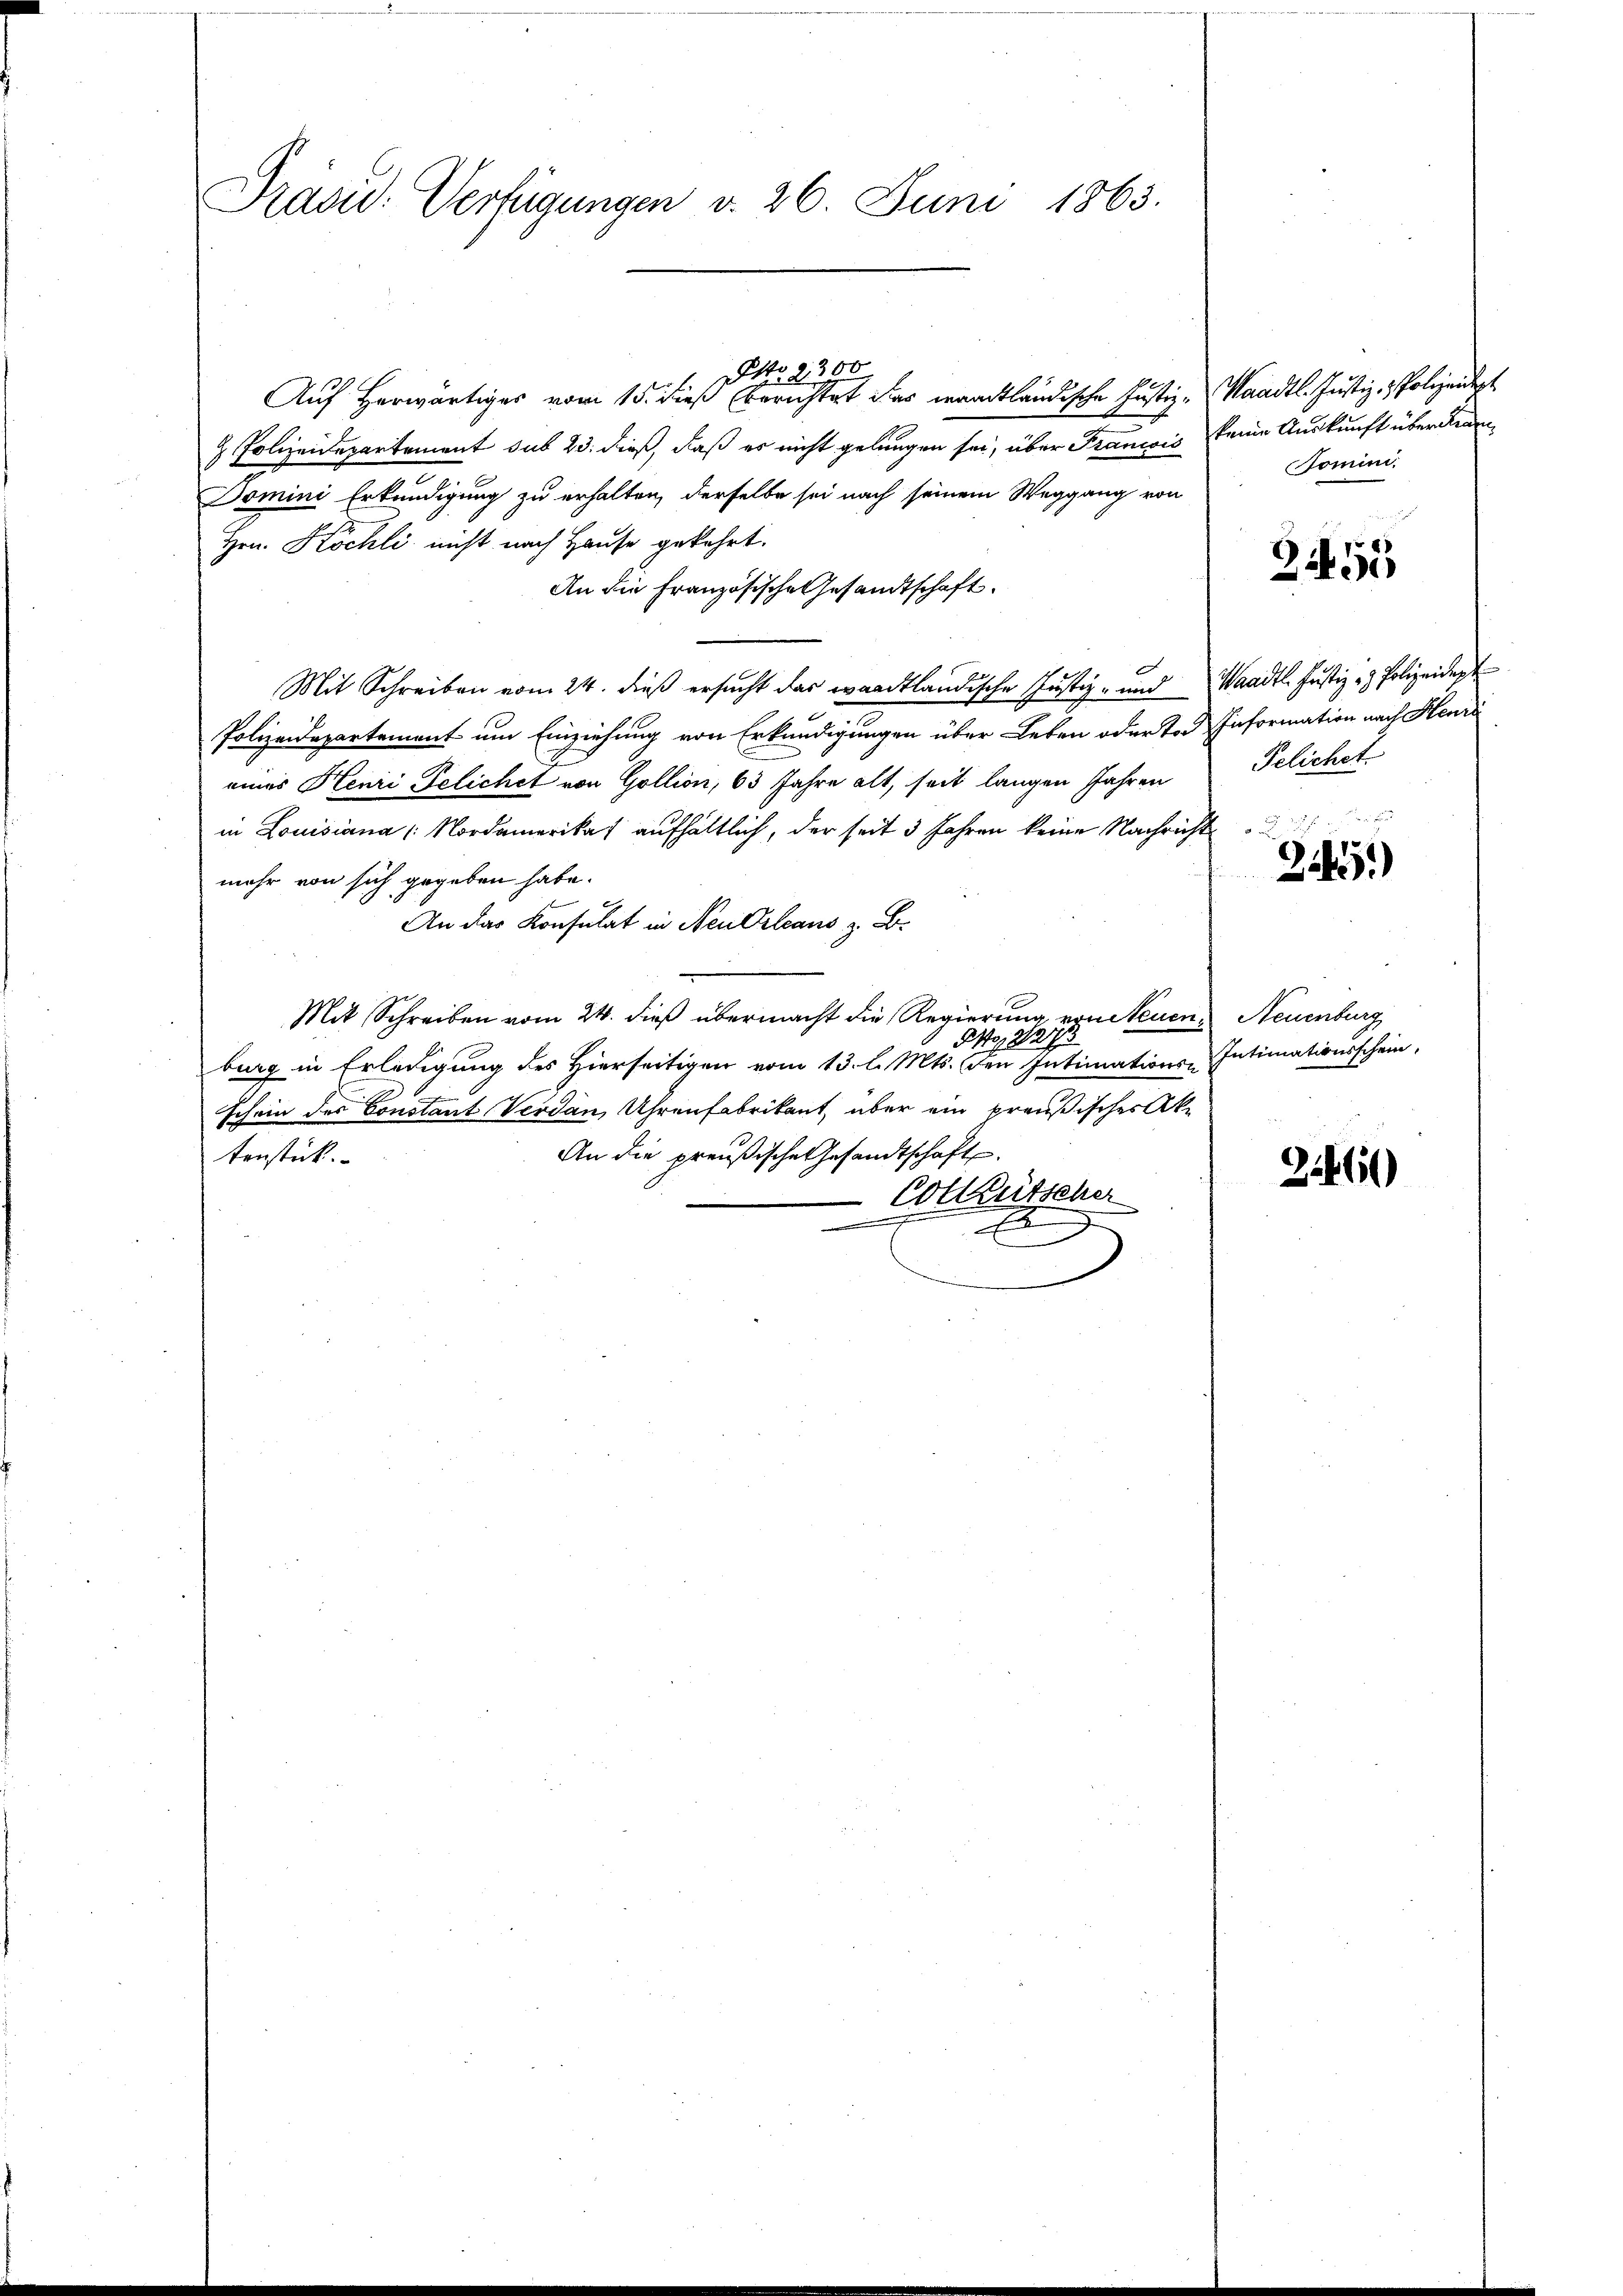
Prasid: Verfügungen v. 26. Juni 1863.

NNo. 2300
Auf Herwärtiges vom 15. dieß Berichtet das waadtländische Justiz - Waadt. Justiz- & Polizeidert
& Polizeidepartement sub 23. dieß, daß es nicht gelungen sei, über Francois keine Auskunft überdienen
Domini Erkundigung zu erhalten, derselbe sei nach seinem Weggang von
Hrn. Köchli nicht nach Hause gekehrt.
An die Französische Gesandtschaft.
F
Mit Schreiben vom 24. dieß ersucht das waadtländische Justiz- und Waadt. Justiz- & Polizeident
Polizeidepartement um Einziehung von Erkundigungen über Leben oder Tod Information nach Henri
eines Henri Gelichet von Gollion, 63 Jahre alt, seit langen Jahren Felichet
in Louisiana Nordamerikat aufhältlich, der seit 3 Jahren keine Nachricht
mehr von sich gegeben habe.
An das Konsulat in Neu Orleans z. B.
Mit Schreiben vom 24. dieß übermacht die Regierung von Neuen Neuenburg
Po, 28.
18.
burg in Erledigung des Hierseitigen vom 13. l. Mts. den Intimations-Intimationsschein,
schein des Constant Verdan, Uhrenfabrikant, über ein preußisches Ak¬
An die preußische Gesandtschaft
tenstück.
Cotütsche
.
e

Tomini

2451

21451)

22460